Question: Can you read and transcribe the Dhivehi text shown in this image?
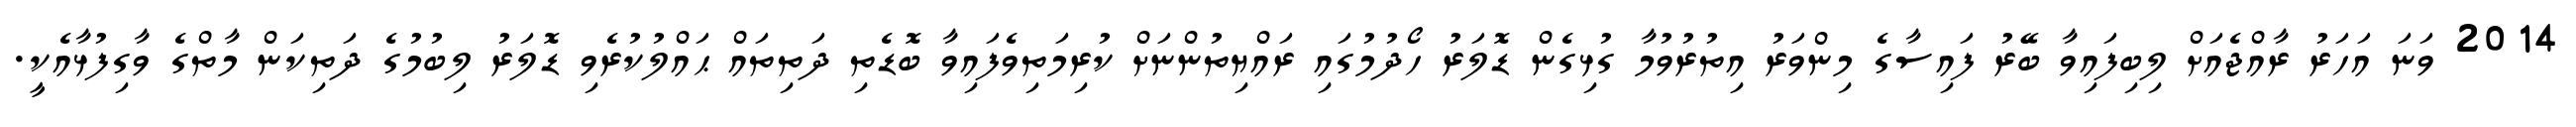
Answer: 2014 ވަނަ އަހަރު ރާއްޖެއަށް ލިބިފައިވާ ބޭރު ފައިސާގެ މިންވަރު އިތުރުވުމާ ގުޅިގެން ޑޮލަރު ހޯދުމުގައި ރައްޔިތުންނަށް ކުރިމަތިވެފައިވާ ބޮޑެތި ދަތިތައް ޙައްލުކުރެވި ޑޮލަރު ލިބުމުގެ ދަތިކަން މާތްގެ ވާގިފުޅާއެކީ.